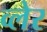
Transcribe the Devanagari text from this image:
व्‍लेर